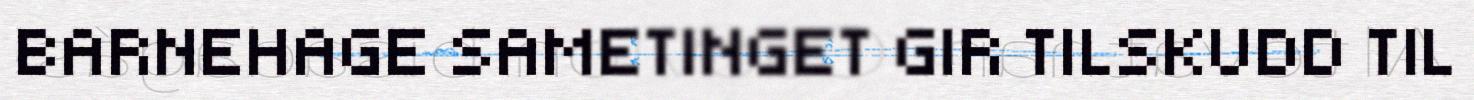
BARNEHAGE SAMETINGET GIR TILSKUDD TIL